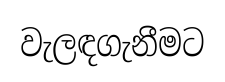
වැලඳගැනීමට